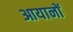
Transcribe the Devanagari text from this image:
आयानों